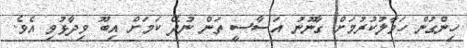
ހިންގުން ހަވާލުކުރުމަށް ގާނޫނު އަސާސީ ތަން ނުދޭ ކަމަށް އިބޫ ވިދާޅުވި އެވެ.